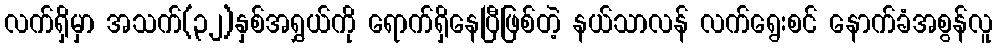
လက်ရှိမှာ အသက်(၃၂)နှစ်အရွှယ်ကို ရောက်ရှိနေပြီဖြစ်တဲ့ နယ်သာလန် လက်ရွေးစင် နောက်ခံအစွန်လူ